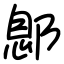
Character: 鄎